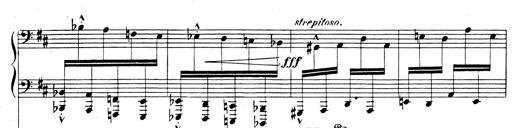
Title: Rhapsodie espagnole
Composer: Franz Liszt